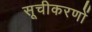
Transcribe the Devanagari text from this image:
सूचीकरणों